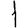
Digit: 1